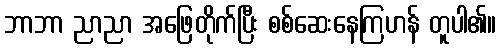
ဘာဘာ ညာညာ အဖြေတိုက်ပြီး စစ်ဆေးနေကြဟန် တူပါ၏။